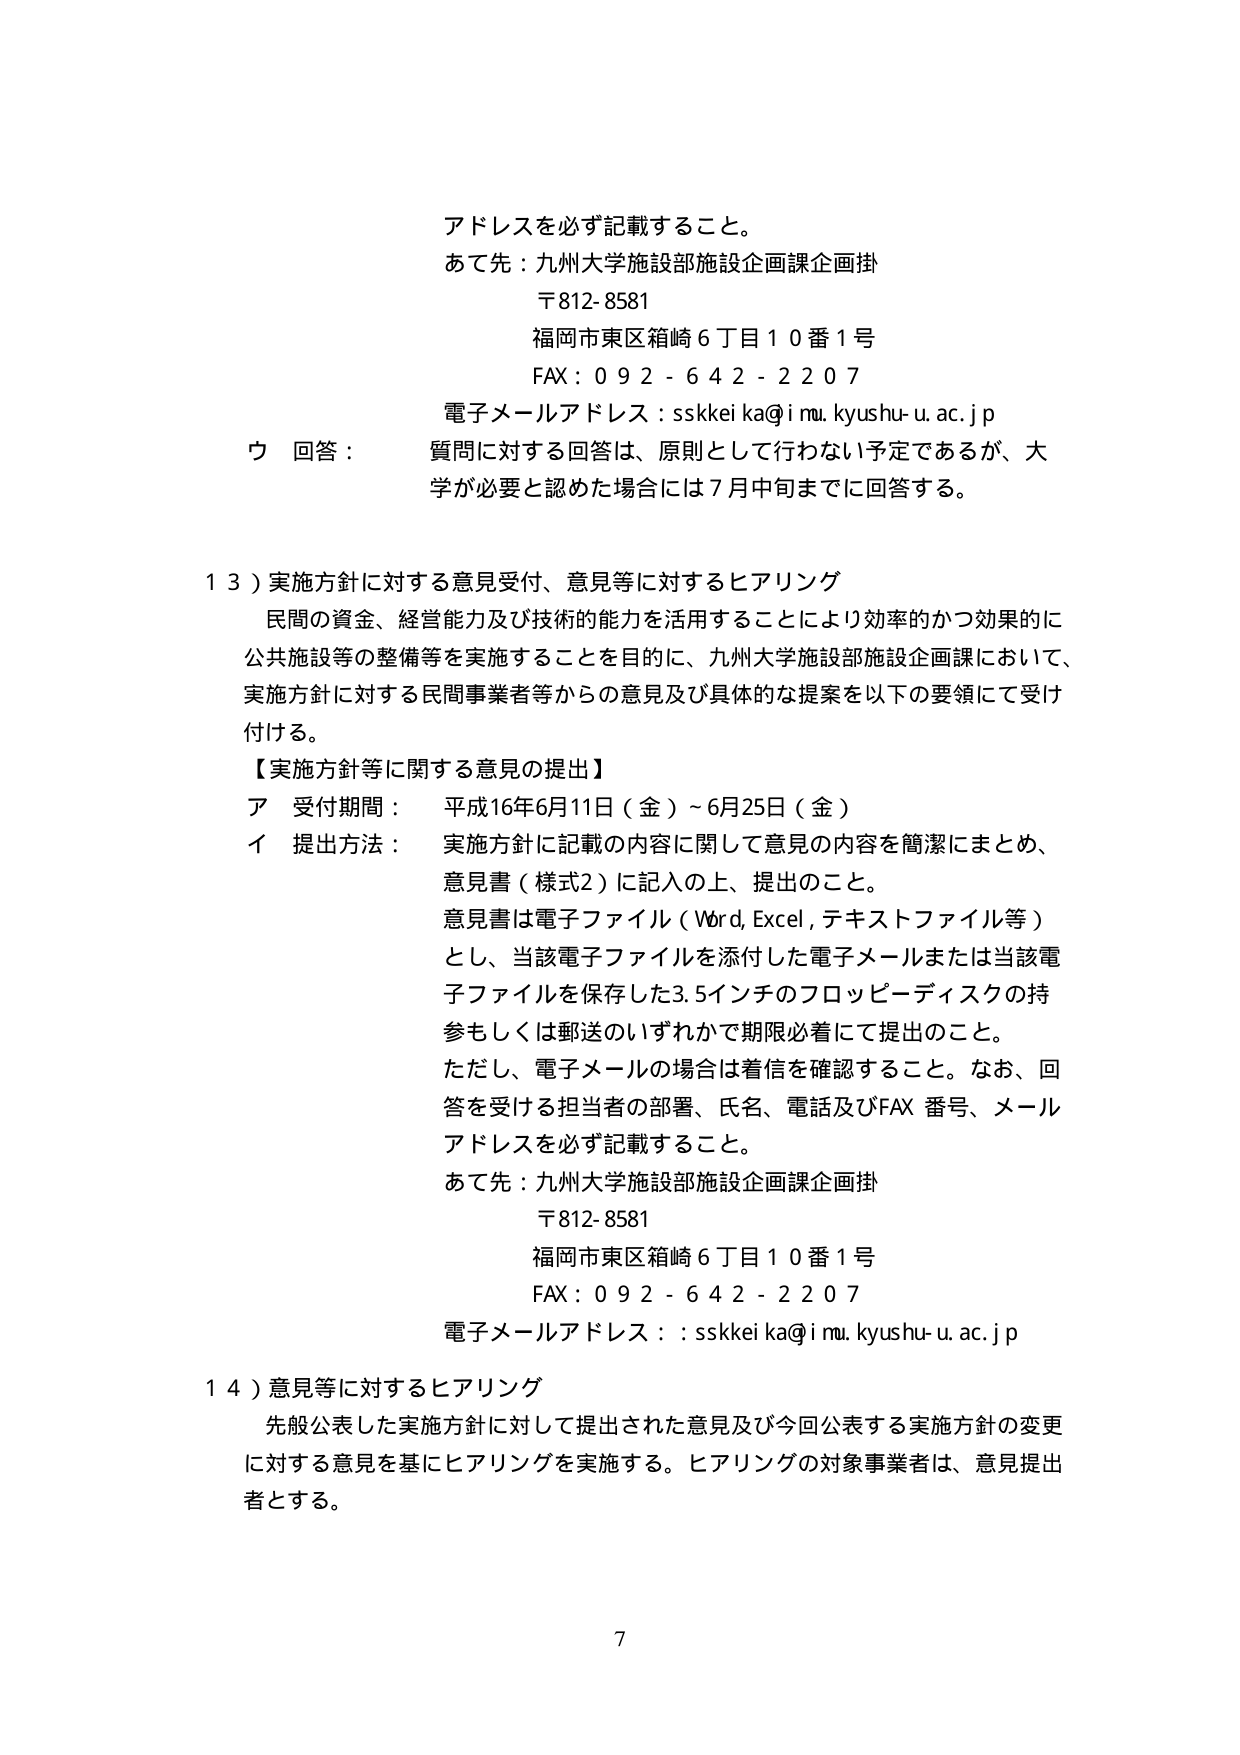
アドレスを必ず記載すること。
あて先：九州大学施設部施設企画課企画掛
〒812-8581
福岡市東区箱崎6丁目10番1号
FAX：092-642-2207
電子メールアドレス：sskkei ka@imw.kyushu-u.ac.jp
ウ 回答： 質問に対する回答は、原則として行わない予定であるが、大学が必要と認めた場合には7月中旬までに回答する。

１３）実施方針に対する意見受付、意見等に対するヒアリング
民間の資金、経営能力及び技術的能力を活用することにより効率的かつ効果的に公共施設等の整備等を実施することを目的に、九州大学施設部施設企画課において、実施方針に対する民間事業者等からの意見及び具体的な提案を以下の要領にて受付けする。
【実施方針等に関する意見の提出】
ア 受付期間： 平成16年6月11日（金）～6月25日（金）
イ 提出方法： 実施方針に記載の内容に関して意見の内容を簡潔にまとめ、意見書（様式2）に記入の上、提出のこと。
意見書は電子ファイル（Word, Excel, テキストファイル等）とし、当該電子ファイルを添付した電子メールまたは当該電子ファイルを保存した3.5インチのフロッピーディスクの持参もしくは郵送のいずれかで期限必着にて提出のこと。
ただし、電子メールの場合は着信を確認すること。なお、回答を受ける担当者の部署、氏名、電話及びFAX番号、メールアドレスを必ず記載すること。
あて先：九州大学施設部施設企画課企画掛
〒812-8581
福岡市東区箱崎6丁目10番1号
FAX：092-642-2207
電子メールアドレス：sskkei ka@imw.kyushu-u.ac.jp

１４）意見等に対するヒアリング
先般公表した実施方針に対して提出された意見及び今回公表する実施方針の変更に対する意見を基にヒアリングを実施する。ヒアリングの対象事業者は、意見提出者とする。

7